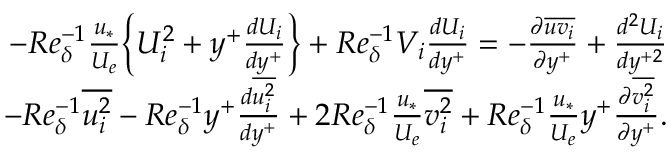
\begin{array} { r } { - R e _ { \delta } ^ { - 1 } \frac { u _ { * } } { U _ { e } } \Big \{ U _ { i } ^ { 2 } + y ^ { + } \frac { d U _ { i } } { d y ^ { + } } \Big \} + R e _ { \delta } ^ { - 1 } V _ { i } \frac { d U _ { i } } { d y ^ { + } } = - \frac { \partial \overline { { u v _ { i } } } } { \partial y ^ { + } } + \frac { d ^ { 2 } U _ { i } } { d y ^ { + 2 } } } \\ { - R e _ { \delta } ^ { - 1 } \overline { { u _ { i } ^ { 2 } } } - R e _ { \delta } ^ { - 1 } y ^ { + } \frac { d \overline { { u _ { i } ^ { 2 } } } } { d y ^ { + } } + 2 R e _ { \delta } ^ { - 1 } \frac { u _ { * } } { U _ { e } } \overline { { v _ { i } ^ { 2 } } } + R e _ { \delta } ^ { - 1 } \frac { u _ { * } } { U _ { e } } y ^ { + } \frac { \partial \overline { { v _ { i } ^ { 2 } } } } { \partial y ^ { + } } . } \end{array}